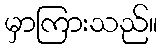
မှာကြားသည်။